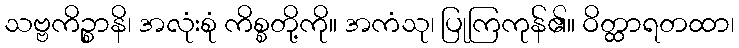
သဗ္ဗကိဉ္စာနိ၊ အလုံးစုံ ကိစ္စတို့ကို။ အကံသု၊ ပြုကြကုန်၏။ ဝိတ္ထာရတထာ၊